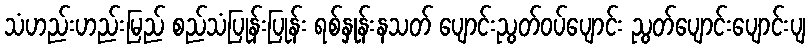
သံဟည်းဟည်းမြည် စည်သံပြုန်းပြုန်း ရစ်နှုန်းနသတ် ပျောင်းညွတ်ဝပ်ပျောင်း ညွတ်ပျောင်းပျောင်းပျ